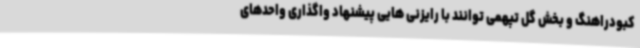
کبودراهنگ و بخش گل تپهمی توانند با رایزنی هایی پیشنهاد واگذاری واحدهای